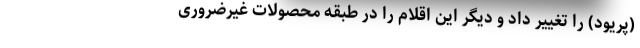
(پریود) را تغییر داد و دیگر این اقلام را در طبقه محصولات غیرضروری